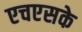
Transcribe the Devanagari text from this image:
एचएसके